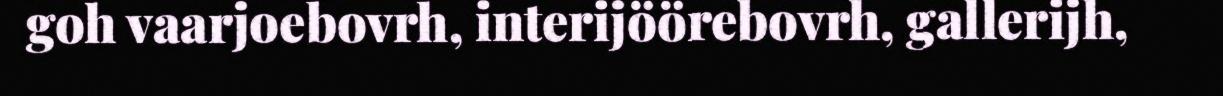
goh vaarjoebovrh, interijöörebovrh, gallerijh,